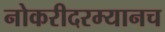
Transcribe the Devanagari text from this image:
नोकरीदरम्यानच